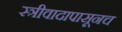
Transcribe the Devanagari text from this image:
स्त्रीवादापासूनच